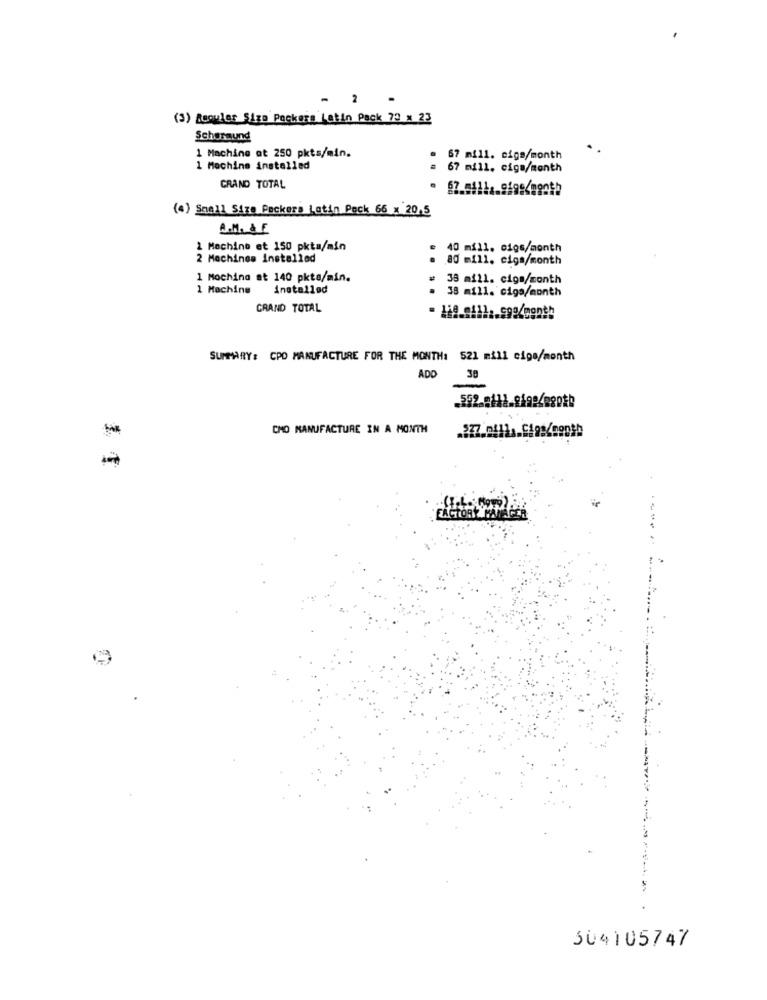
(3) Reculer Size Pockera Latin Pack 73 x 23
Scheraund
1 Machine ot 250 pkts/min.
67 mill. cigs/month
1 Mochine installed
67 mill. ciga/month
GRAND TOTAL
67.0411. 9198/880th
(4) Small Size Packers Latin Peck 66 x 20,5
A.M. & F
2 Machine at 150 pkta/min
40 mill. cigs/month
2 Machines Installed
.80 mill. ciga/month
1 Mochina at 140 pkts/min.
38 mill. ciga/month
1 Machine
installød
38 mill. ciga/month
GRAND TOTAL
SUMMARY : CPD MANUFACTURE FOR THE MONTH: 521 mill cipe/month
38
ADO
CNO MANUFACTURE IN A MONTH
14
--
304105747